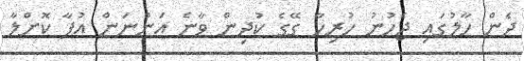
ދެން ހާލުގައި ޖެހުނު ހުރިހާ ގޭގެ ކުދިން ވާނެ އަންނަން އުފާ ކޮށްލާ